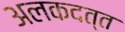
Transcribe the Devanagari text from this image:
अलकदत्त